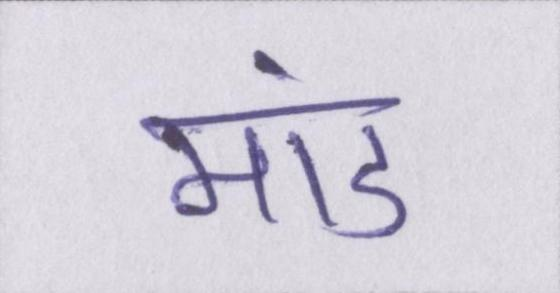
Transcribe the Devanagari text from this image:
मांड